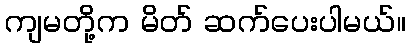
ကျမတို့က မိတ် ဆက်ပေးပါမယ်။